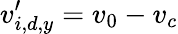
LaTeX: v_{i,d,y}^{\prime}=v_{0}-v_{c}